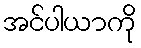
အင်ပါယာကို